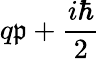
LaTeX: q\mathfrak{p}+{\frac{{i\hbar}}{{2}}}